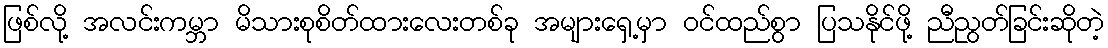
ဖြစ်လို့ အလင်းကမ္ဘာ မိသားစုစိတ်ထားလေးတစ်ခု အများရှေ့မှာ ဝင်ထည်စွာ ပြသနိုင်ဖို့ ညီညွတ်ခြင်းဆိုတဲ့